Vaccination in Bombay 1856-1862 - 1856-1862
Year: 1856
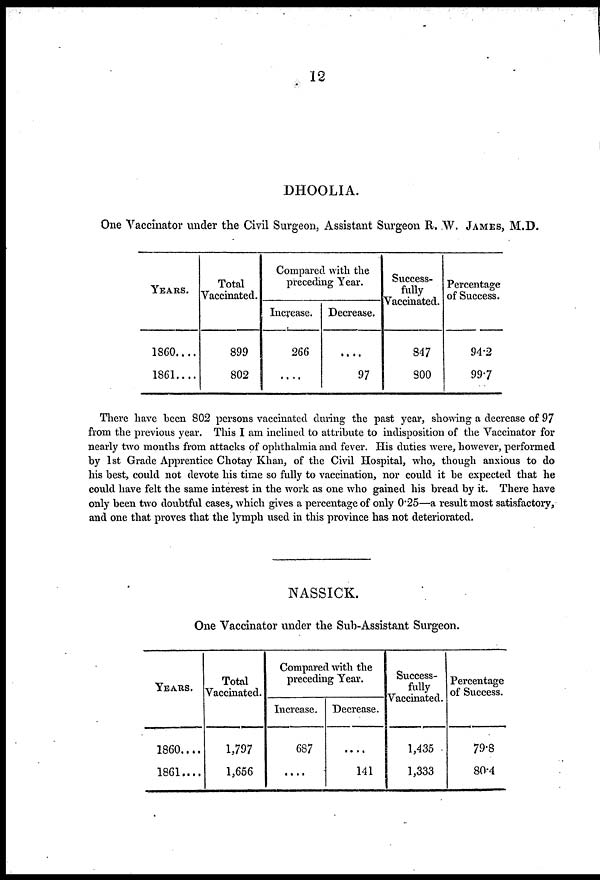
12
DHOOLIA.
One Vaccinator under the Civil Surgeon, Assistant Surgeon R. W. JAMES, M.D.
YEARS.
1860....
1861....
Total
Vaccinated.
899
802
Compared with the
preceding Year.
Increase.
266
....
Decrease.
....
97
Success-
fully
Vaccinated.
847
800
Percentage
of Success.
94.2
99.7
There have been 802 persons vaccinated during the past year, showing a decrease of 97
from the previous year. This I am inclined to attribute to indisposition of the Vaccinator for
nearly two months from attacks of ophthalmia and fever. His duties were, however, performed
by 1st Grade Apprentice Chotay Khan, of the Civil Hospital, who, though anxious to do
his best, could not devote his time so fully to vaccination, nor could it be expected that he
could have felt the same interest in the work as one who gained his bread by it. There have
only been two doubtful cases, which gives a percentage of only 0.25—a result most satisfactory,
and one that proves that the lymph used in this province has not deteriorated.
NASSICK.
One Vaccinator under the Sub-Assistant Surgeon.
YEARS.
1860....
1861....
Total
Vaccinated.
1,797
1,656
Compared with the
preceding Year.
Increase.
687
....
Decrease.
....
141
Success-
fully
Vaccinated.
1,435
1,333
Percentage
of Success.
79.8
80.4